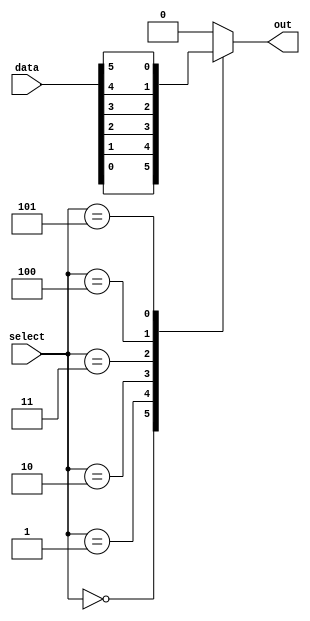
module mux64to1 (
  input [63:0] data,
  input [5:0] select,
  output reg out
);

always @(*) begin
  case (select)
    6'd0: out = data[0];
    6'd1: out = data[1];
    6'd2: out = data[2];
    6'd3: out = data[3];
    6'd4: out = data[4];
    6'd5: out = data[5];
    //add cases for remaining inputs up to 64
    default: out = 0; //default should not occur
  endcase
end

endmodule